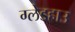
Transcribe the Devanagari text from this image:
ग्लेडहाउ